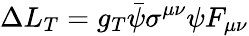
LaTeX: \Delta L_{T}=g_{T}\bar{\psi}\sigma^{\mu\nu}\psi F_{\mu\nu}